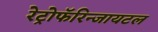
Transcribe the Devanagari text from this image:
रेट्रोफॅरिन्जायटल